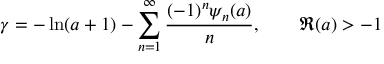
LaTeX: \gamma = - \ln ( a + 1 ) - \sum _ { n = 1 } ^ { \infty } { \frac { ( - 1 ) ^ { n } \psi _ { n } ( a ) } { n } } , \qquad \Re ( a ) > - 1